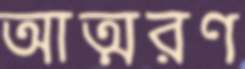
আত্মরণ